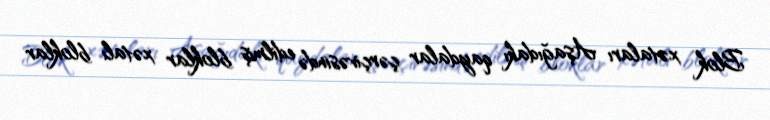
Blok xətaları Aşağıdakı qaydalar çərçivəsində edilmiş bloklar xətalı bloklar